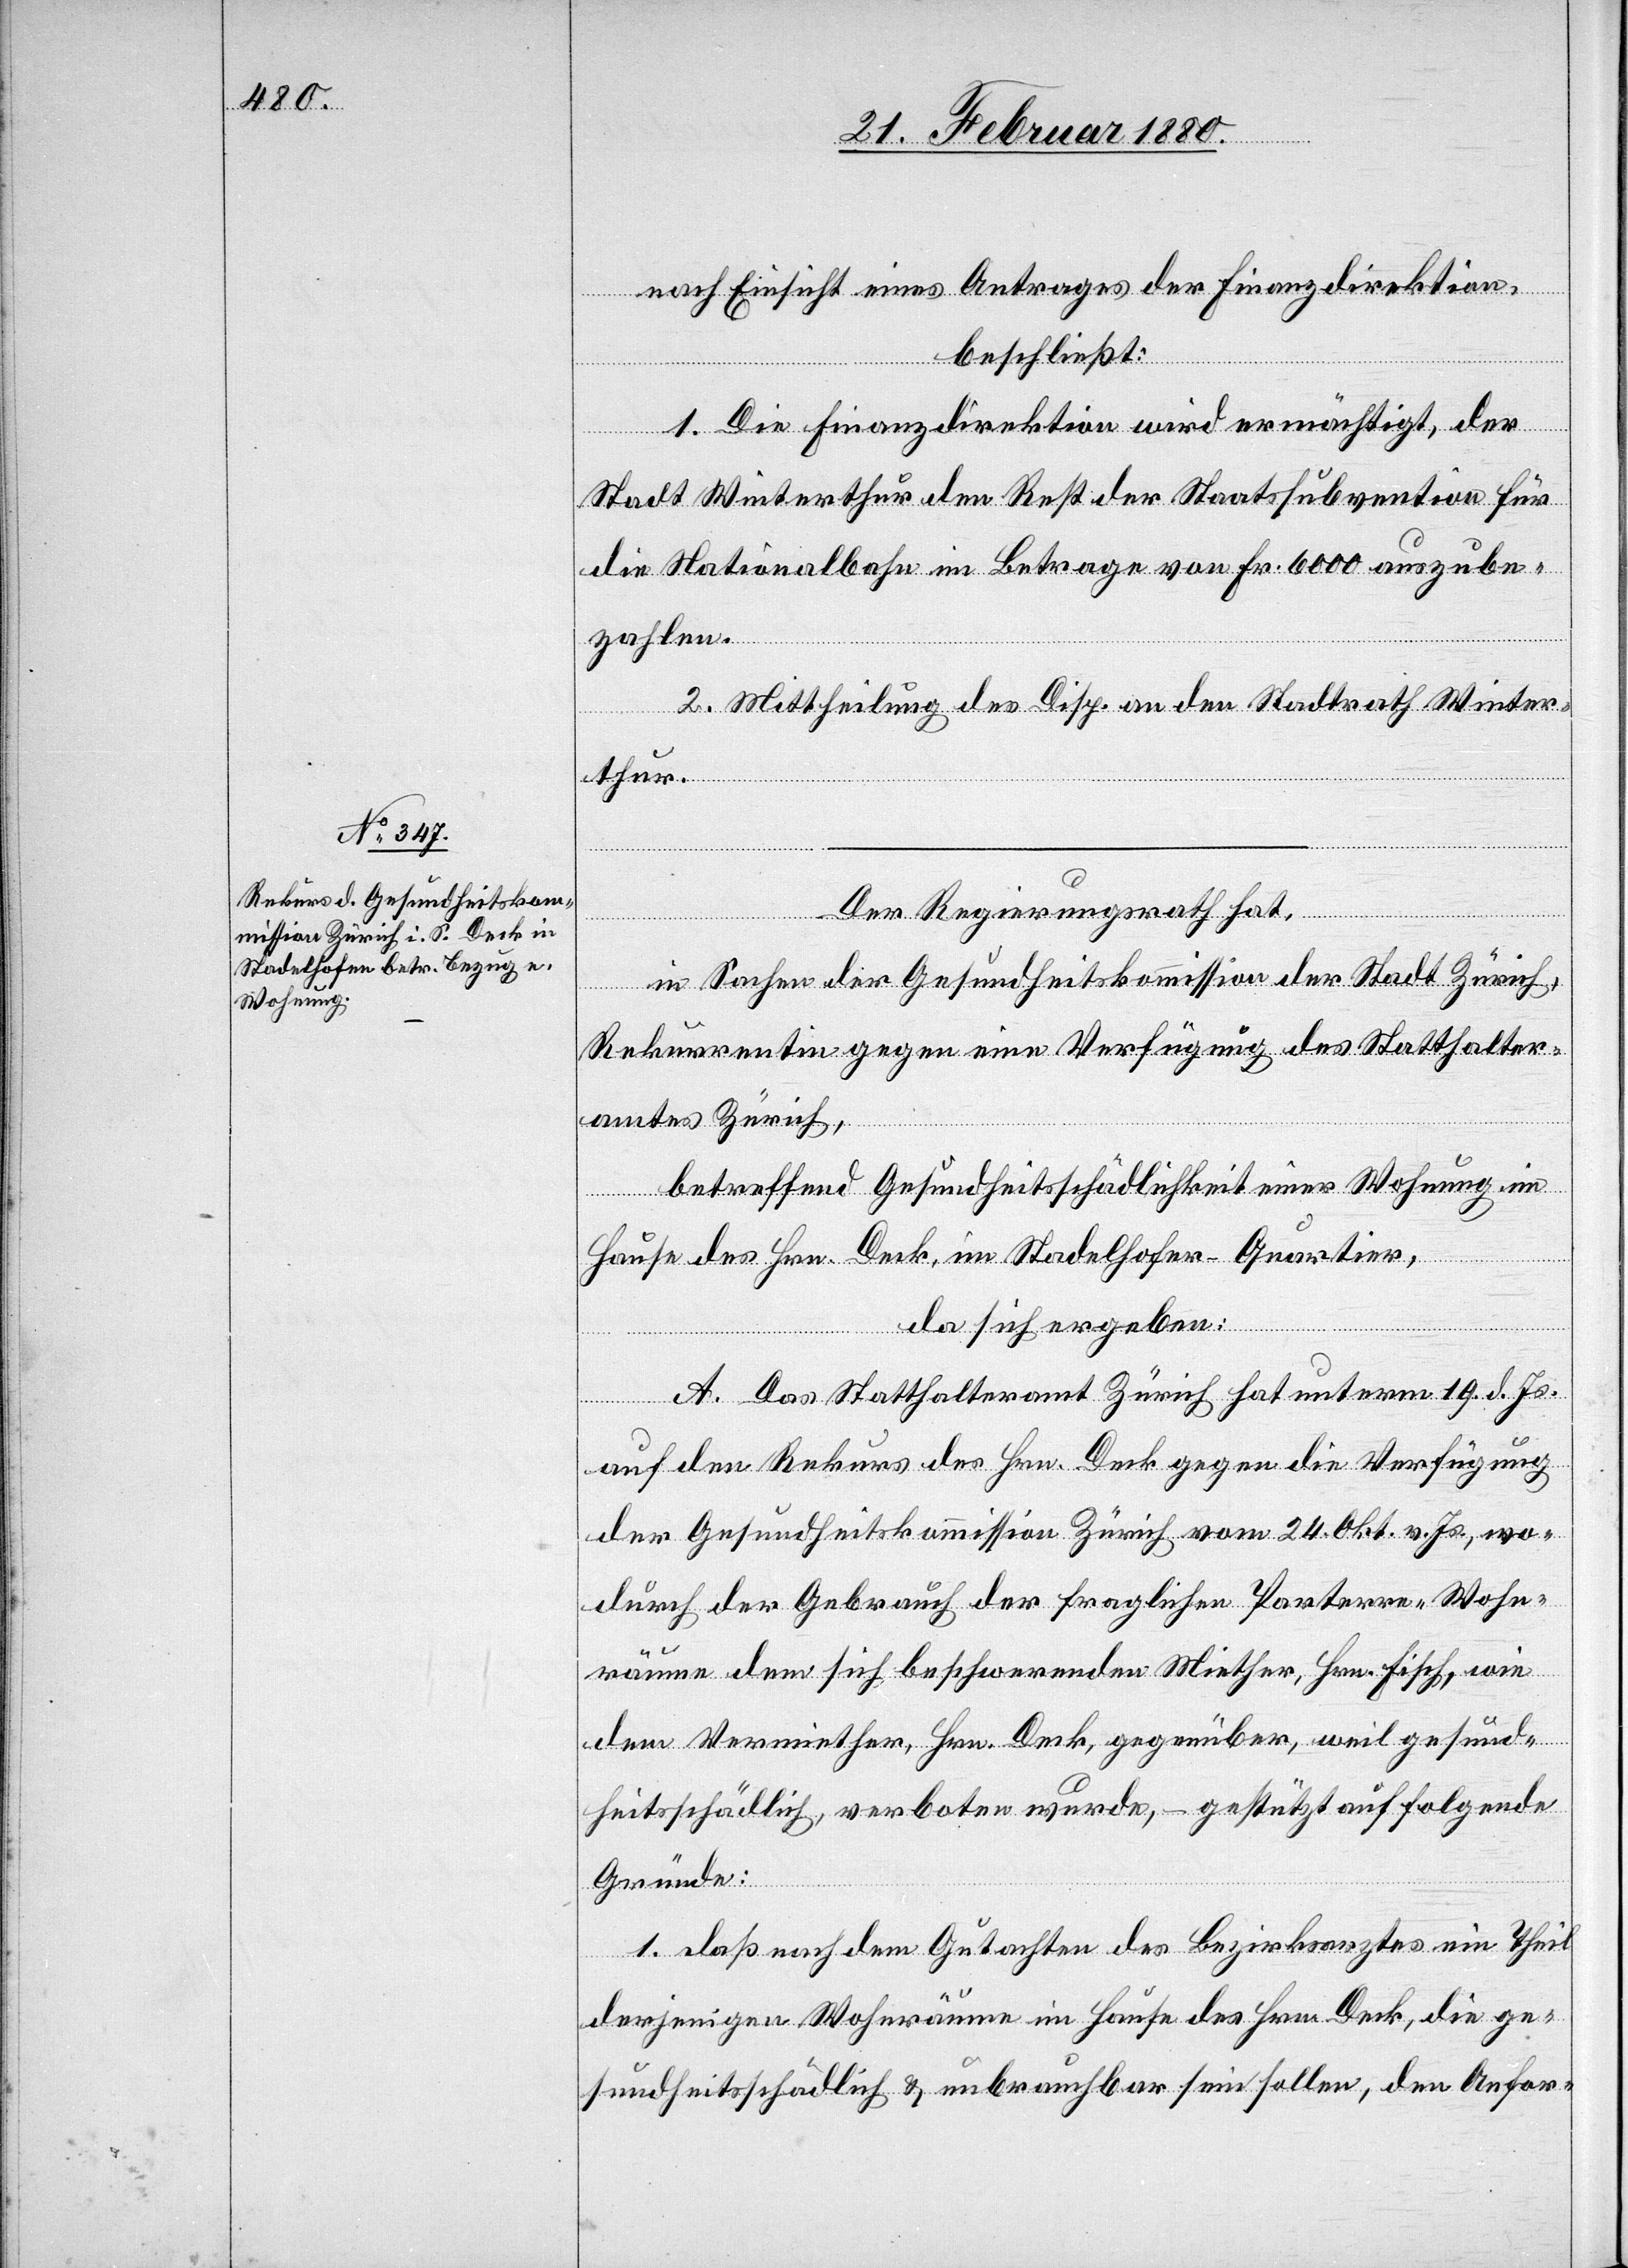
Der Regierungsrath hat,
in Sachen der Gesundheitskommission der Stadt Zürich,
Rekurrentin gegen eine Verfügung des Statthalter¬
amtes Zürich,
betreffend Gesundheitsschädlichkeit einer Wohnung im
Hause des Hrn. Deck im Stadelhofen-Quartier,
da sich ergeben:
A. Das Statthalteramt Zürich hat unterm 19. d. Js.
auf den Rekurs des Hrn. Deck gegen die Verfügung
der Gesundheitskommission Zürich vom 24. Okt. v. Js., wo¬
durch der Gebrauch der fraglichen Parterre- Wohn¬
räume dem sich beschwerenden Miether, Hrn. Fisch, wie
dem Vermiether, Hrn. Deck, gegenüber, weil gesund¬
heitsschädlich, verboten wurde, – gestützt auf folgende
Gründe:
1. Daß nach dem Gutachten des Bezirksarztes ein Theil
derjenigen Wohnräume im Hause des Hrn. Deck, die ge¬
sundheitsschädlich & unbrauchbar sein sollen, den Anfor-